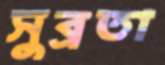
সুব্রতা